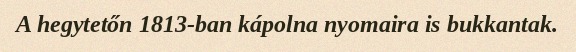
A hegytetőn 1813-ban kápolna nyomaira is bukkantak.